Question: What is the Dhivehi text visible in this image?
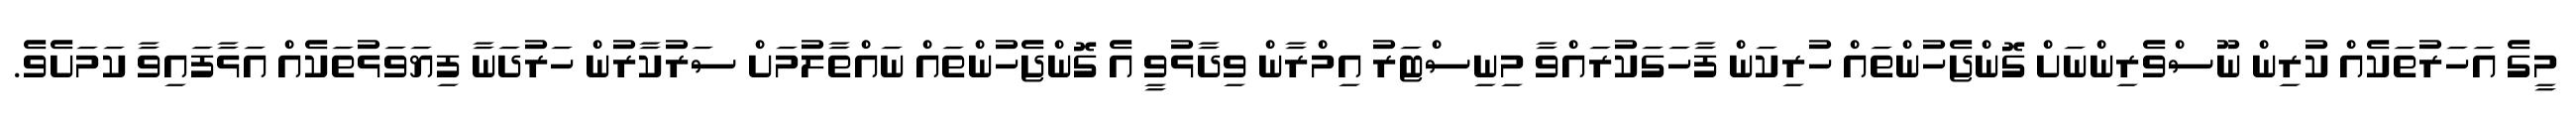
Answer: މީގެ އަހަރުތަކެއް ކުރިން ނޫސްވެރިންނަށް ގޮންޖެހުންތައް ހުރިކަން ފާހަގަކުރައްވާ މިނިސްޓަރު އިމްރާން ވިދާޅުވީ އެ ގޮންޖެހުންތައް ނައްތާލުމަށް ސަރުކާރުން ހަރުދަނާ ފިޔަވަޅުތަކެއް އަޅާފައިވާ ކަމަށެވެ.